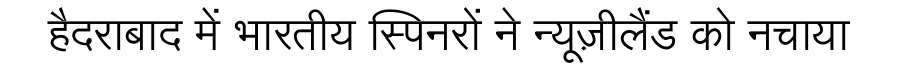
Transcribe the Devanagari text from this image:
हैदराबाद में भारतीय स्पिनरों ने न्यूज़ीलैंड को नचाया